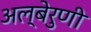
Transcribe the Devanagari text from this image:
अल्बेरुणी